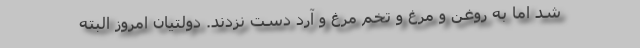
شد اما به روغن و مرغ و تخم مرغ و آرد دست نزدند. دولتیان امروز البته